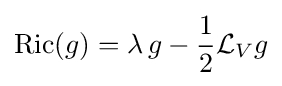
\operatorname {Ric} (g)=\lambda \,g-{\frac {1}{2}}{\mathcal {L}}_{V}g